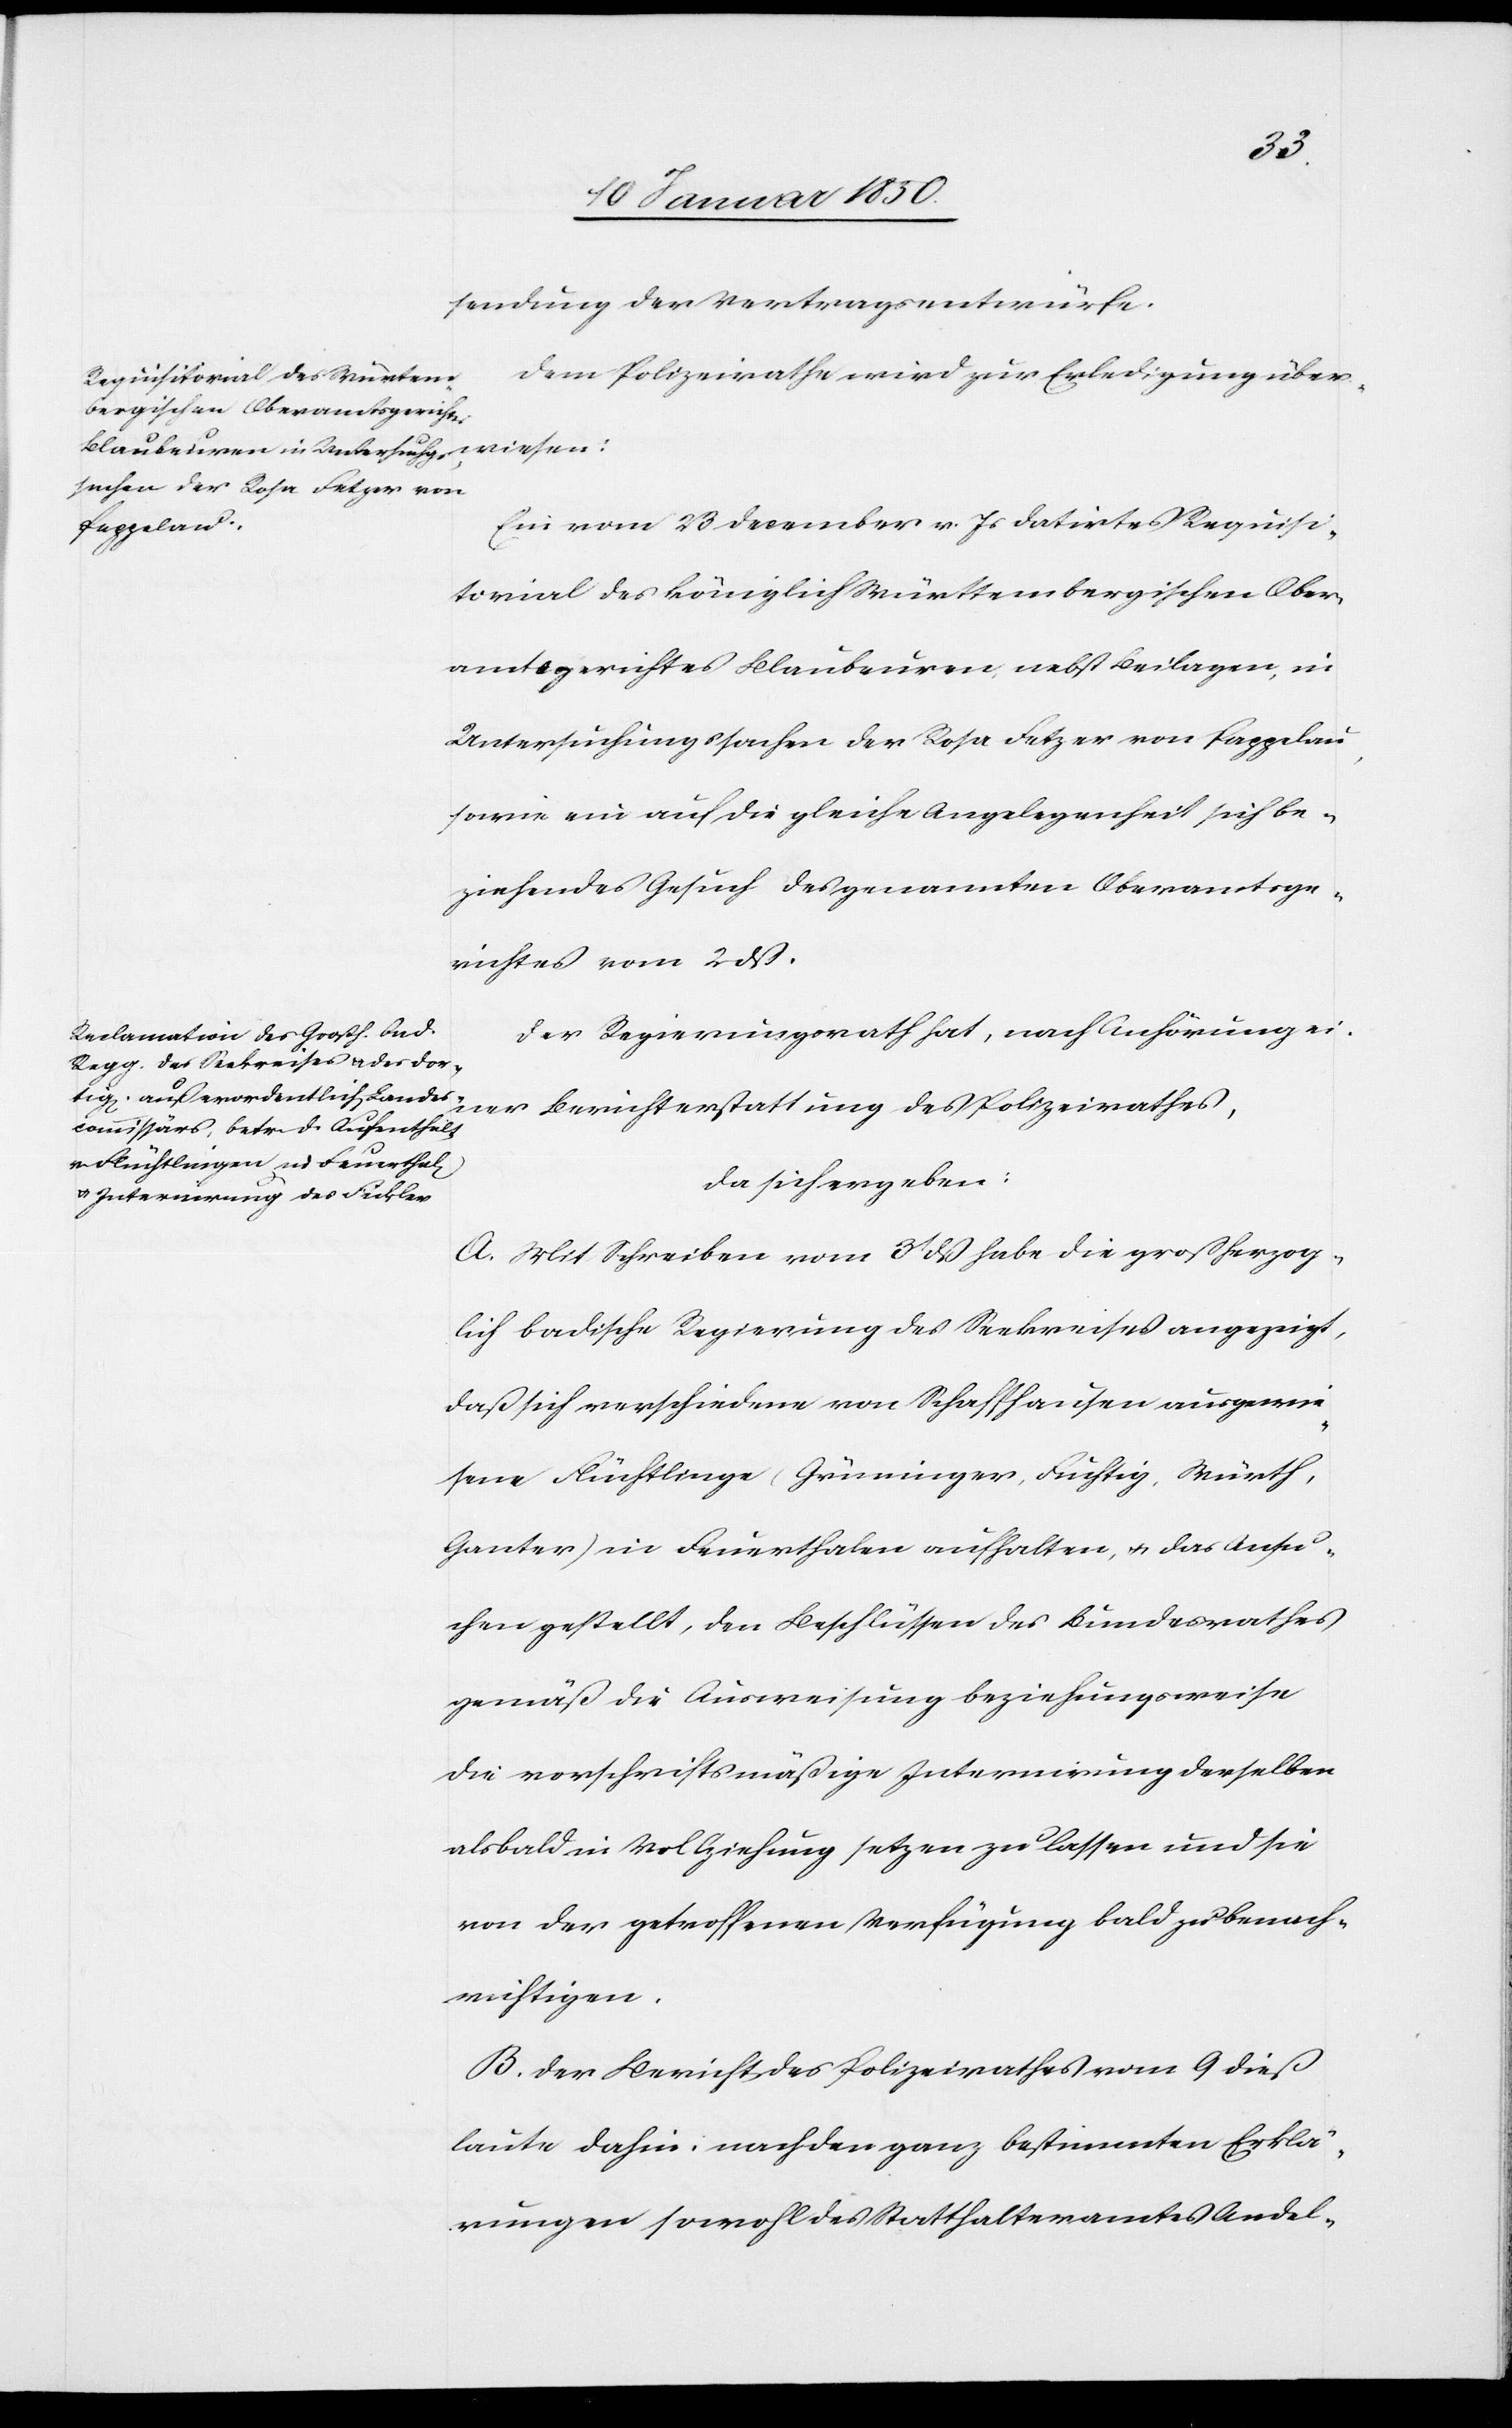
wiesen:
sendung der Vertragsentwürfe.
Dem Polizeirathe wird zur Erledigung über¬
Ein vom 23 December v. Js datirtes Requisi¬
torial des Königlich Württembergischen Ober¬
amtsgerichtes Blaubeuren nebst Beilagen, in
Untersuchungssachen der Rosa Fetzer von Pappdau,
sowie ein auf die gleiche Angelegenheit sich be¬
ziehendes Gesuch des genannten Oberamtsge¬
richtes vom 2 dß.
Der Regierungsrath hat, nach Anhörung ei¬
ner Berichterstattung des Polizeirathes,
da sich ergeben:
A. Mit Schreiben vom 3t dß habe die großherzog¬
lich badische Regierung des Seekreises angezeigt,
daß sich verschiedene von Schaffhausen ausgewie¬
sene Flüchtlinge (Grüninger, Füchtig, Würth,
Ganter) in Feuerthalen aufhalten, u. das Ansu¬
chen gestellt, den Beschlüssen des Bundesrathes
gemäß die Ausweisung beziehungsweise
die vorschriftsmäßige Internierung derselben
alsbald in Vollziehung setzen zu lassen und sie
von der getroffenen Verfügung bald zu benach¬
richtigen.
B. Der Bericht des Polizeirathes vom 9 dieß
laute dahin: nach den ganz bestimmten Erklä¬
rungen sowohl des Statthalteramtes Andel-